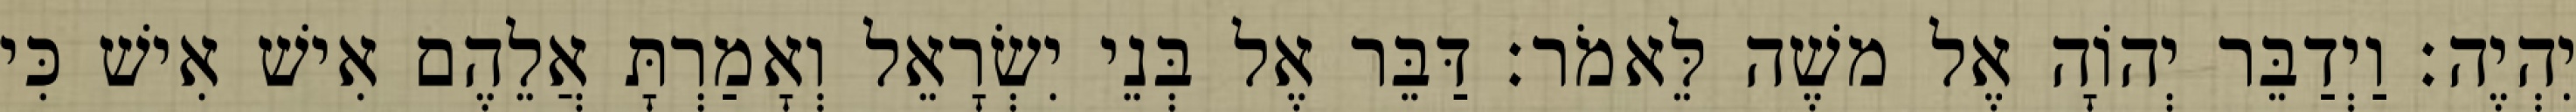
יִהְיֶה׃ וַיְדַבֵּר יְהוָֹה אֶל משֶׁה לֵּאמֹר׃ דַּבֵּר אֶל בְּנֵי יִשְׂרָאֵל וְאָמַרְתָּ אֲלֵהֶם אִישׁ אִישׁ כִּי